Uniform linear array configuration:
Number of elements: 32
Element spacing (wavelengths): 0.75
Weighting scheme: uniform
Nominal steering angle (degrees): -60
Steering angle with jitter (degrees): -59.121
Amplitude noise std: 0.05
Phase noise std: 0.05

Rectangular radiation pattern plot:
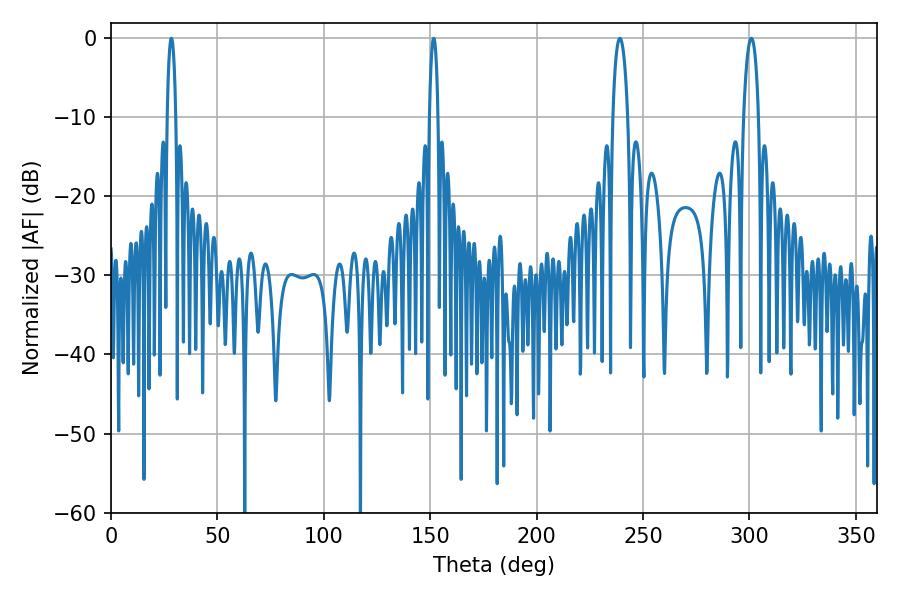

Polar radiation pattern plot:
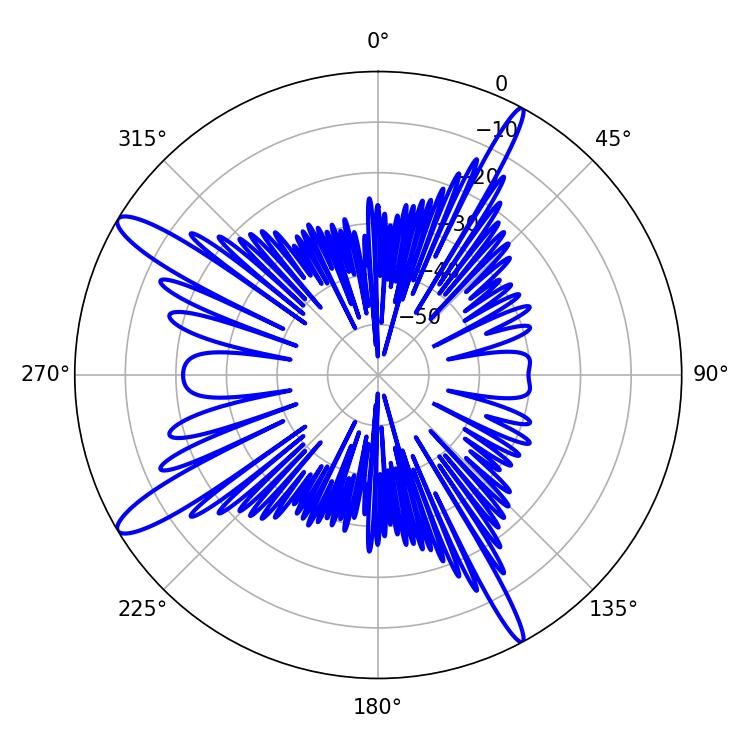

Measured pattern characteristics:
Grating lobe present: TRUE
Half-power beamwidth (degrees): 3.96
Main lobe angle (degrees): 300.96